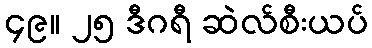
၄၉။ ၂၅ ဒီဂရီ ဆဲလ်စီးယပ်